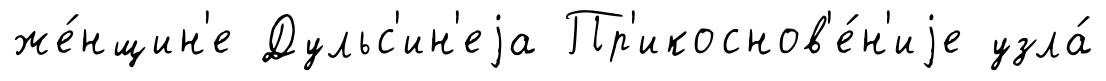
же́нщин'е Дульс'ин'еjа Пр'икоснов'е́н'иjе узла́